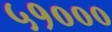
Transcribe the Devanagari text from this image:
५१०००